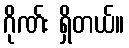
ဂိုဏ်း ရှိတယ်။